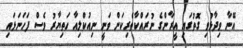
އޭނާ ވިދާޅުވި ގޮތުގައި އީރާންގެ ނުރައްކާތެރިކަން ވަނީ ނިއުކްލިއާ ހަތިޔާރު ވެސް ފަހަނަޅައި